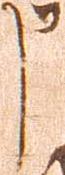
申